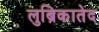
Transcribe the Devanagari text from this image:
लुब्रिकातेद